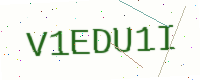
Text: V1EDU1I